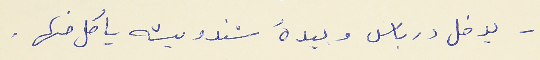
- يدخل درباس وبيدهُ سندويشه ياكل منها.